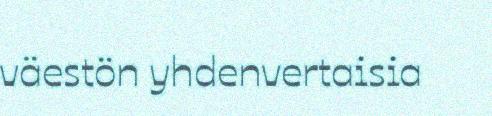
väestön yhdenvertaisia